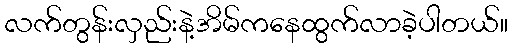
လက်တွန်းလှည်းနဲ့အိမ်ကနေထွက်လာခဲ့ပါတယ်။